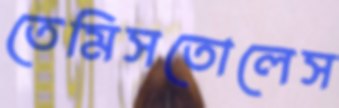
তেমিসতোলেস